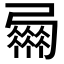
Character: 𢐴